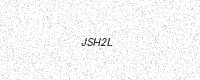
Text: JSH2L